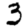
Digit: 3